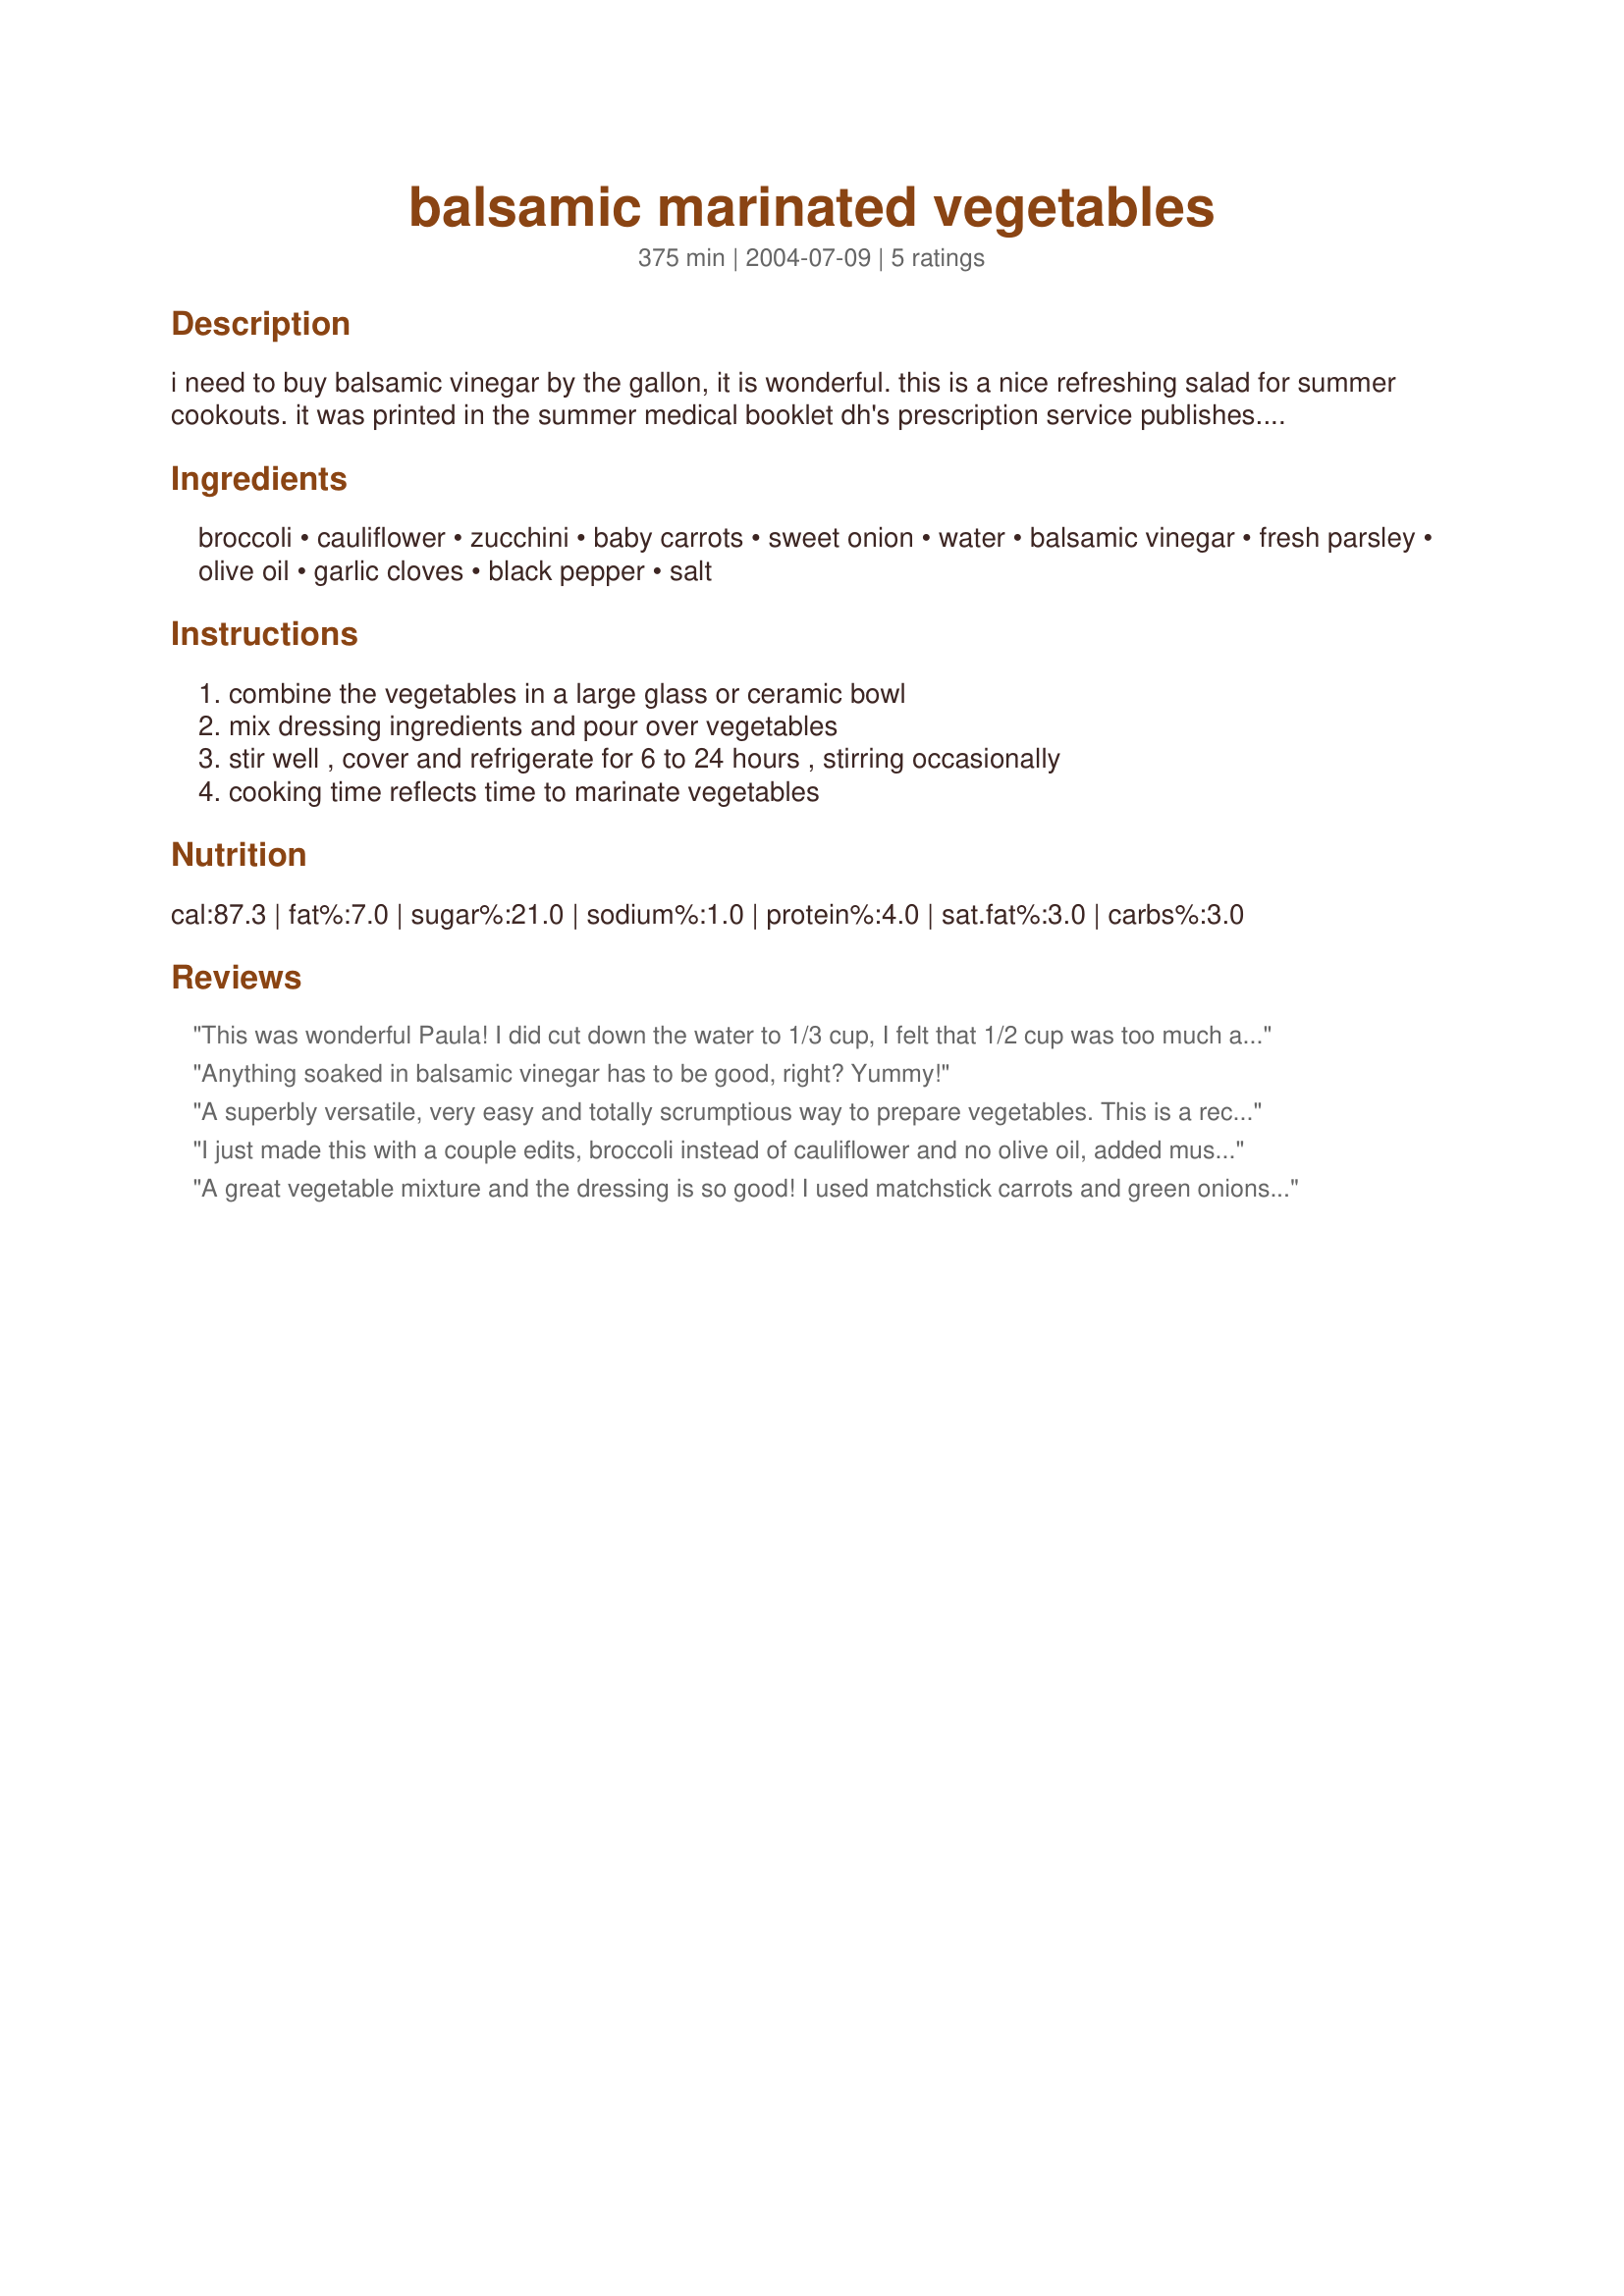
balsamic marinated vegetables
Preparation time: 375 minutes

i need to buy balsamic vinegar by the gallon, it is wonderful. this is a nice refreshing salad for summer cookouts. it was printed in the summer medical booklet dh's prescription service publishes. hope you enjoy it.

Ingredients:
broccoli, cauliflower, zucchini, baby carrots, sweet onion, water, balsamic vinegar, fresh parsley, olive oil, garlic cloves, black pepper, salt

Steps:
combine the vegetables in a large glass or ceramic bowl, mix dressing ingredients and pour over vegetables, stir well , cover and refrigerate for 6 to 24 hours , stirring occasionally, cooking time reflects time to marinate vegetables

Reviews:
This was wonderful Paula! I did cut down the water to 1/3 cup, I felt that 1/2 cup was too much and added in more olive oil, the longer the chilling time the better for these veggies! Great recipe, thanks hon!...Kitten:)
Anything soaked in balsamic vinegar has to be good, right? Yummy!
A superbly versatile, very easy and totally scrumptious way to prepare vegetables. This is a recipe I’ll be making again and again during the summer months while our weather is so hot. It could be made with any salad vegetables. I don’t like cauliflower, so instead I added two cups of sliced mushrooms and 1 red pepper, seeded and cut into slices. I wasn’t sure why there were two different amounts of balsamic vinegar listed in the ingredients. I used the ¼ cup specified, then because I had proportionally more vegetables, I did add more (probably half a cup in all) and instead of water I used lambrusca so the dressing was very yummy. I also doubled the garlic and added some roughly chopped fresh basil. This dish was just so refreshing and flavoursome. We enjoyed it over several exceptionally hot evenings. Thank you, Paula, for sharing this wonderful recipe!
I just made this with a couple edits, broccoli instead of cauliflower and no olive oil, added mushrooms. It smells so good, can't wait for it to finish cooking. Thanks for the recipe. All ingredients I used are organic!
A great vegetable mixture and the dressing is so good! I used matchstick carrots and green onions and let the salad refrigerate overnight. We had this over 4th of July weekend and it was a hit with everyone!
